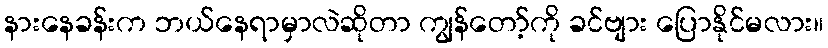
နားနေခန်းက ဘယ်နေရာမှာလဲဆိုတာ ကျွန်တော့်ကို ခင်ဗျား ပြောနိုင်မလား။